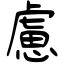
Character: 慮